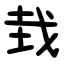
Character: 㘽